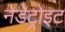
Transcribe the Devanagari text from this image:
नेडेट्रोइट